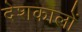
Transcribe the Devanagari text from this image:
देशकालों